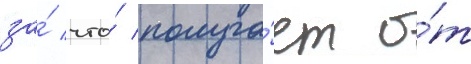
за́ что́ получа́ет о́т